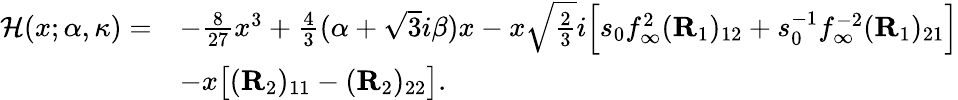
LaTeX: \begin{array}{rl}{\mathcal{H}(x;\alpha,\kappa)=}&{-\frac{8}{27}x^{3}+\frac{4}{3}(\alpha+\sqrt{3}i{\beta})x-x\sqrt{\frac{2}{3}}i\Big[s_{0}f_{\infty}^{2}(\mathbf{R}_{1})_{12}+s_{0}^{-1}f_{\infty}^{-2}(\mathbf{R}_{1})_{21}\Big]}\\ &{-x\big[(\mathbf{R}_{2})_{11}-(\mathbf{R}_{2})_{22}\big].}\end{array}